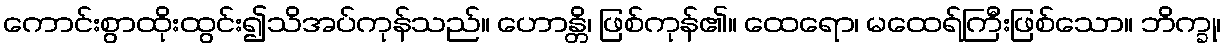
ကောင်းစွာထိုးထွင်း၍သိအပ်ကုန်သည်။ ဟောန္တိ၊ ဖြစ်ကုန်၏။ ထေရော၊ မထေရ်ကြီးဖြစ်သော။ ဘိက္ခု၊